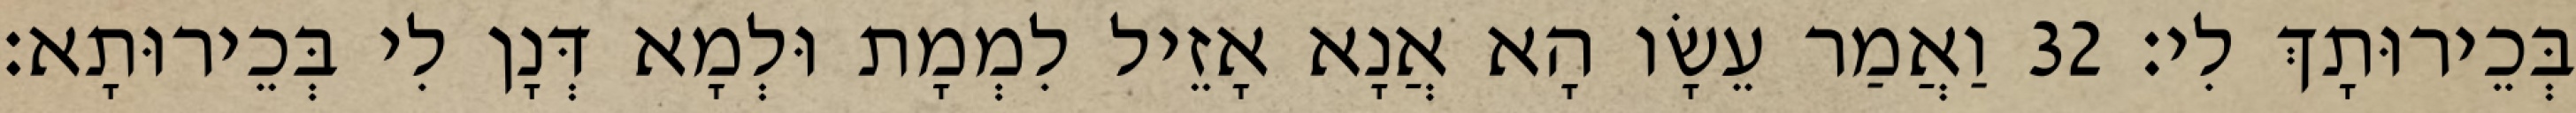
בְּכֵירוּתָךְ לִי׃ 32 וַאֲמַר עֵשָׂו הָא אֲנָא אָזֵיל לִמְמָת וּלְמָא דְּנָן לִי בְּכֵירוּתָא׃